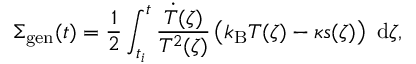
\Sigma _ { \mathrm { g e n } } ( t ) = \frac { 1 } { 2 } \int _ { t _ { i } } ^ { t } \frac { \dot { T } ( \zeta ) } { T ^ { 2 } ( \zeta ) } \left( k _ { \mathrm { B } } T ( \zeta ) - \kappa s ( \zeta ) \right) \ \mathrm { d } \zeta ,